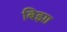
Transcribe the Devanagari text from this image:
बिझा